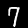
Label: 7